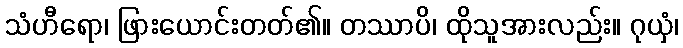
သံဟီရော၊ ဖြားယောင်းတတ်၏။ တဿာပိ၊ ထိုသူအားလည်း။ ဂုယှံ၊